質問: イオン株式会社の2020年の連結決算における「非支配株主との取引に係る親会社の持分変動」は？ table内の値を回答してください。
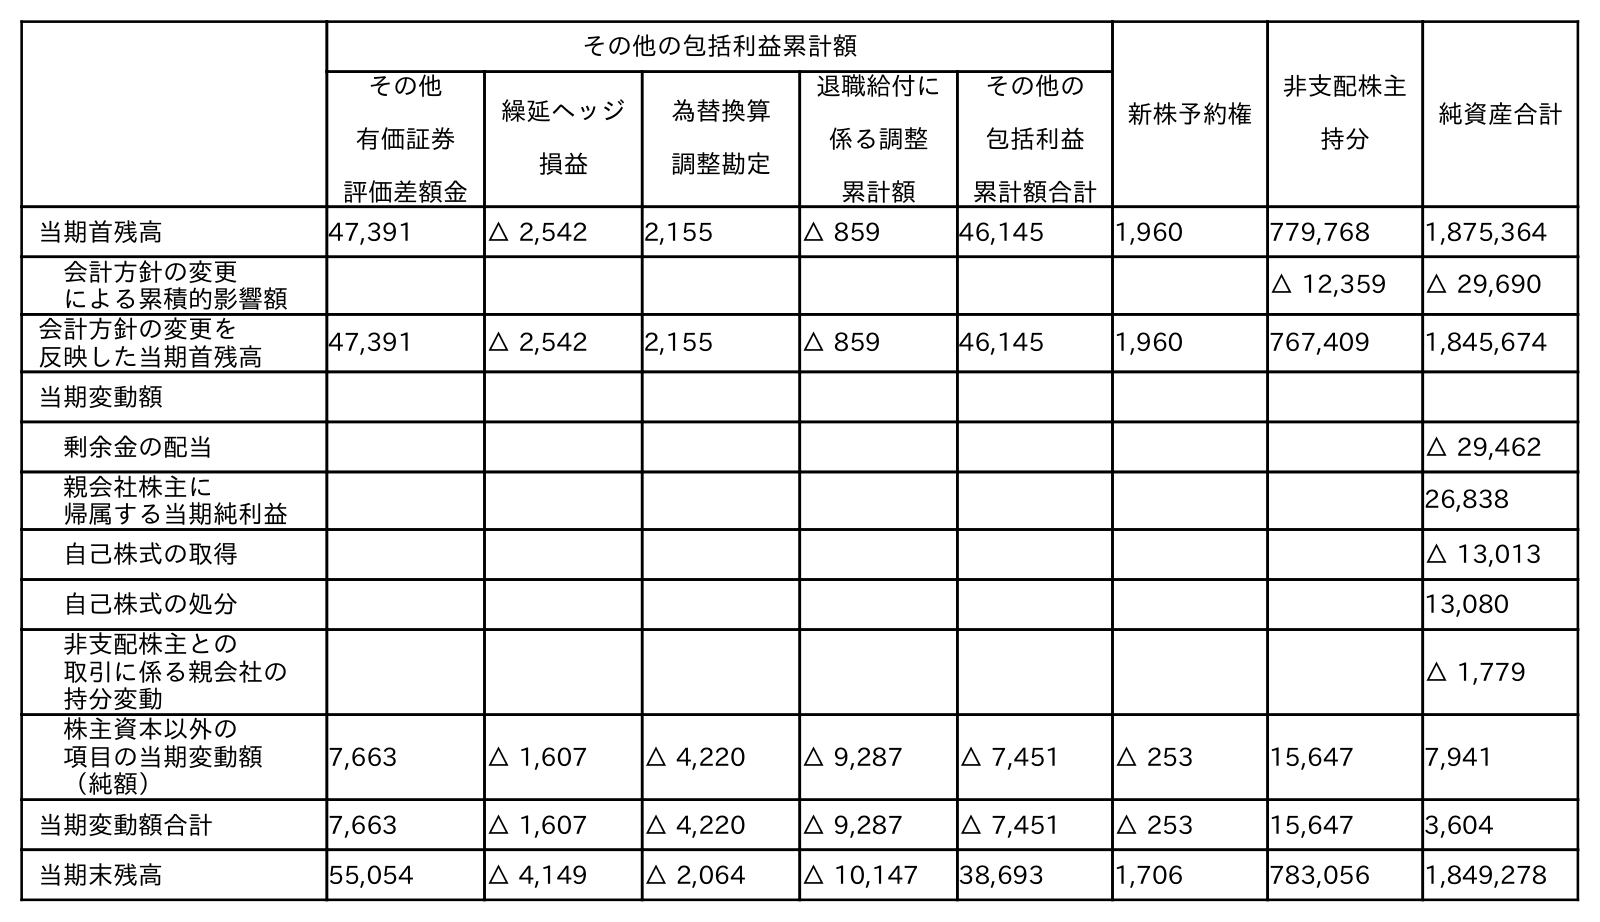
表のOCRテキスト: その他の包括利益累計額 新株予約権 非支配株主 持分 純資産合計 その他 有価証券 評価差額金 繰延ヘッジ 損益 為替換算 調整勘定 退職給付に 係る調整 累計額 その他の 包括利益 累計額合計 当期首残高 47,391 △ 2,542 2,155 △ 859 46,145 1,960 779,768 1,875,364 会計方針の変更 による累積的影響額 △ 12,359 △ 29,690 会計方針の変更を 反映した当期首残高 47,391 △ 2,542 2,155 △ 859 46,145 1,960 767,409 1,845,674 当期変動額 剰余金の配当 △ 29,462 親会社株主に 帰属する当期純利益 26,838 自己株式の取得 △ 13,013 自己株式の処分 13,080 非支配株主との 取引に係る親会社の 持分変動 △ 1,779 株主資本以外の 項目の当期変動額 （純額） 7,663 △ 1,607 △ 4,220 △ 9,287 △ 7,451 △ 253 15,647 7,941 当期変動額合計 7,663 △ 1,607 △ 4,220 △ 9,287 △ 7,451 △ 253 15,647 3,604 当期末残高 55,054 △ 4,149 △ 2,064 △ 10,147 38,693 1,706 783,056 1,849,278
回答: △1,779